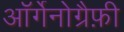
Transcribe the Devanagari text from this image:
ऑर्गेनोग्रैफ़ी